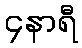
၄နာရီ